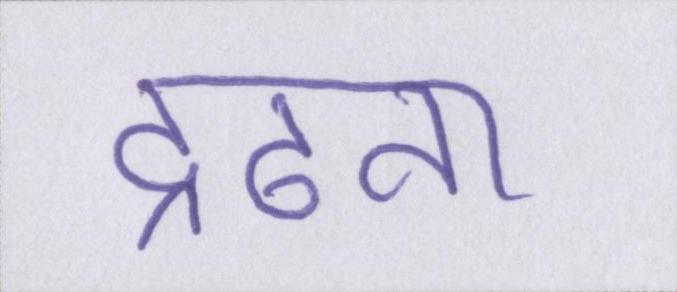
द्रढता